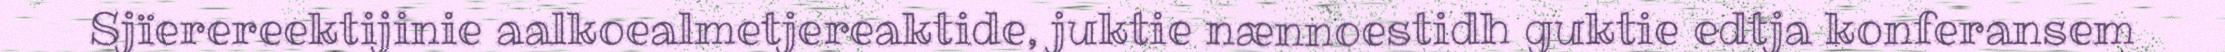
Sjïerereektijinie aalkoealmetjereaktide, juktie nænnoestidh guktie edtja konferansem